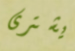
يشترى